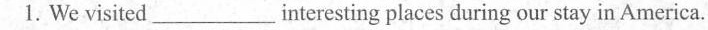
1. We visited___interesting places during our stay in America.